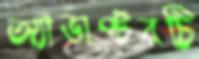
অ্যাডাপ্টরটি